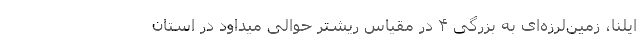
ایلنا، زمین‌لرزه‌ای به بزرگی ۴ در مقیاس ریشتر حوالی میداود در استان